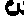
3